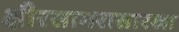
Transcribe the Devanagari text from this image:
क्षीरसागरासारखा